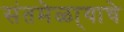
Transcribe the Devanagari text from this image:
संतमेळा्याचे